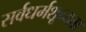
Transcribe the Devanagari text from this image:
सर्वधर्मशून्यता